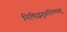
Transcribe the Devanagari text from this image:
निषिद्धगुरुशिष्यस्तु